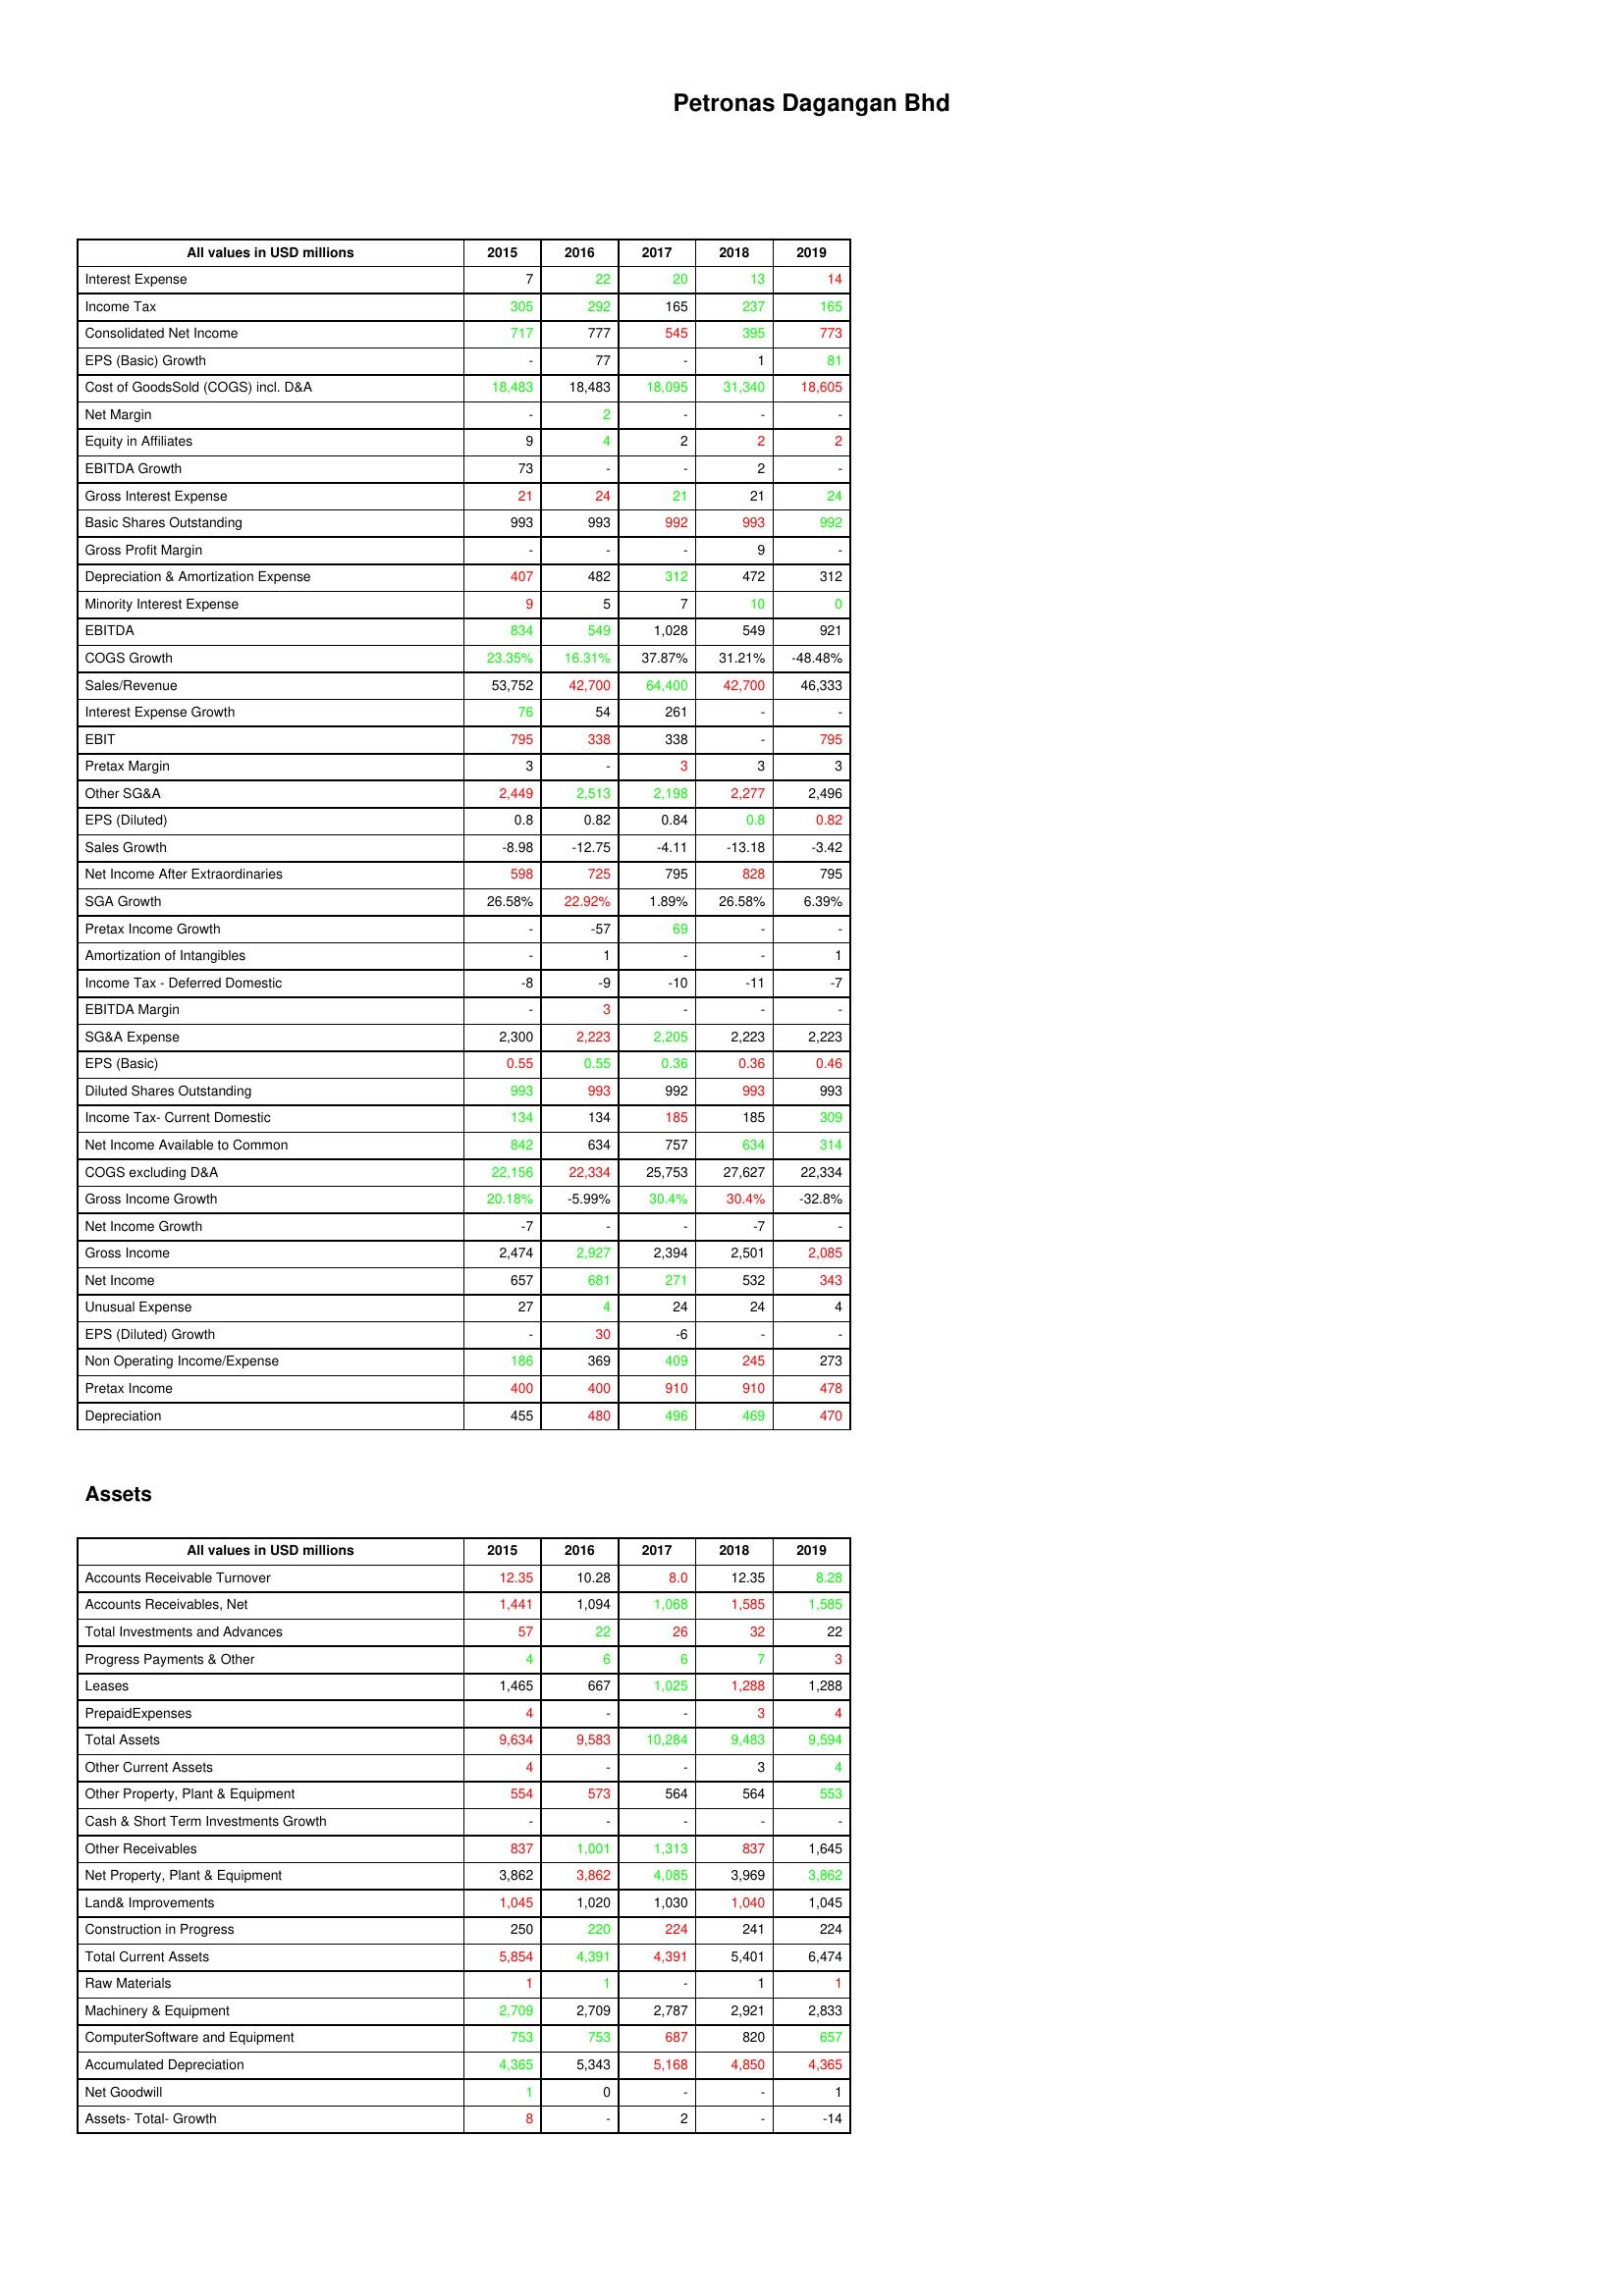
gt_parse: 2015: : Interest Expense: 7
Income Tax: 305
Consolidated Net Income: 717
EPS (Basic) Growth: -
Cost of GoodsSold (COGS) incl. D&A: 18,483
Net Margin: -
Equity in Affiliates: 9
EBITDA Growth: 73
Gross Interest Expense: 21
Basic Shares Outstanding: 993
Gross Profit Margin: -
Depreciation & Amortization Expense: 407
Minority Interest Expense: 9
EBITDA: 834
COGS Growth: 23.35%
Sales/Revenue: 53,752
Interest Expense Growth: 76
EBIT: 795
Pretax Margin: 3
Other SG&A: 2,449
EPS (Diluted): 0.8
Sales Growth: -8.98
Net Income After Extraordinaries: 598
SGA Growth: 26.58%
Pretax Income Growth: -
Amortization of Intangibles: -
Income Tax - Deferred Domestic: -8
EBITDA Margin: -
SG&A Expense: 2,300
EPS (Basic): 0.55
Diluted Shares Outstanding: 993
Income Tax- Current Domestic: 134
Net Income Available to Common: 842
COGS excluding D&A: 22,156
Gross Income Growth: 20.18%
Net Income Growth: -7
Gross Income: 2,474
Net Income: 657
Unusual Expense: 27
EPS (Diluted) Growth: -
Non Operating Income/Expense: 186
Pretax Income: 400
Depreciation: 455
Assets: Accounts Receivable Turnover: 12.35
Accounts Receivables, Net: 1,441
Total Investments and Advances: 57
Progress Payments & Other: 4
Leases: 1,465
PrepaidExpenses: 4
Total Assets: 9,634
Other Current Assets: 4
Other Property, Plant & Equipment: 554
Cash & Short Term Investments Growth: -
Other Receivables: 837
Net Property, Plant & Equipment: 3,862
Land& Improvements: 1,045
Construction in Progress: 250
Total Current Assets: 5,854
Raw Materials: 1
Machinery & Equipment: 2,709
ComputerSoftware and Equipment: 753
Accumulated Depreciation: 4,365
Net Goodwill: 1
Assets- Total- Growth: 8
2016: : Interest Expense: 22
Income Tax: 292
Consolidated Net Income: 777
EPS (Basic) Growth: 77
Cost of GoodsSold (COGS) incl. D&A: 18,483
Net Margin: 2
Equity in Affiliates: 4
EBITDA Growth: -
Gross Interest Expense: 24
Basic Shares Outstanding: 993
Gross Profit Margin: -
Depreciation & Amortization Expense: 482
Minority Interest Expense: 5
EBITDA: 549
COGS Growth: 16.31%
Sales/Revenue: 42,700
Interest Expense Growth: 54
EBIT: 338
Pretax Margin: -
Other SG&A: 2,513
EPS (Diluted): 0.82
Sales Growth: -12.75
Net Income After Extraordinaries: 725
SGA Growth: 22.92%
Pretax Income Growth: -57
Amortization of Intangibles: 1
Income Tax - Deferred Domestic: -9
EBITDA Margin: 3
SG&A Expense: 2,223
EPS (Basic): 0.55
Diluted Shares Outstanding: 993
Income Tax- Current Domestic: 134
Net Income Available to Common: 634
COGS excluding D&A: 22,334
Gross Income Growth: -5.99%
Net Income Growth: -
Gross Income: 2,927
Net Income: 681
Unusual Expense: 4
EPS (Diluted) Growth: 30
Non Operating Income/Expense: 369
Pretax Income: 400
Depreciation: 480
Assets: Accounts Receivable Turnover: 10.28
Accounts Receivables, Net: 1,094
Total Investments and Advances: 22
Progress Payments & Other: 6
Leases: 667
PrepaidExpenses: -
Total Assets: 9,583
Other Current Assets: -
Other Property, Plant & Equipment: 573
Cash & Short Term Investments Growth: -
Other Receivables: 1,001
Net Property, Plant & Equipment: 3,862
Land& Improvements: 1,020
Construction in Progress: 220
Total Current Assets: 4,391
Raw Materials: 1
Machinery & Equipment: 2,709
ComputerSoftware and Equipment: 753
Accumulated Depreciation: 5,343
Net Goodwill: 0
Assets- Total- Growth: -
2017: : Interest Expense: 20
Income Tax: 165
Consolidated Net Income: 545
EPS (Basic) Growth: -
Cost of GoodsSold (COGS) incl. D&A: 18,095
Net Margin: -
Equity in Affiliates: 2
EBITDA Growth: -
Gross Interest Expense: 21
Basic Shares Outstanding: 992
Gross Profit Margin: -
Depreciation & Amortization Expense: 312
Minority Interest Expense: 7
EBITDA: 1,028
COGS Growth: 37.87%
Sales/Revenue: 64,400
Interest Expense Growth: 261
EBIT: 338
Pretax Margin: 3
Other SG&A: 2,198
EPS (Diluted): 0.84
Sales Growth: -4.11
Net Income After Extraordinaries: 795
SGA Growth: 1.89%
Pretax Income Growth: 69
Amortization of Intangibles: -
Income Tax - Deferred Domestic: -10
EBITDA Margin: -
SG&A Expense: 2,205
EPS (Basic): 0.36
Diluted Shares Outstanding: 992
Income Tax- Current Domestic: 185
Net Income Available to Common: 757
COGS excluding D&A: 25,753
Gross Income Growth: 30.4%
Net Income Growth: -
Gross Income: 2,394
Net Income: 271
Unusual Expense: 24
EPS (Diluted) Growth: -6
Non Operating Income/Expense: 409
Pretax Income: 910
Depreciation: 496
Assets: Accounts Receivable Turnover: 8.0
Accounts Receivables, Net: 1,068
Total Investments and Advances: 26
Progress Payments & Other: 6
Leases: 1,025
PrepaidExpenses: -
Total Assets: 10,284
Other Current Assets: -
Other Property, Plant & Equipment: 564
Cash & Short Term Investments Growth: -
Other Receivables: 1,313
Net Property, Plant & Equipment: 4,085
Land& Improvements: 1,030
Construction in Progress: 224
Total Current Assets: 4,391
Raw Materials: -
Machinery & Equipment: 2,787
ComputerSoftware and Equipment: 687
Accumulated Depreciation: 5,168
Net Goodwill: -
Assets- Total- Growth: 2
2018: : Interest Expense: 13
Income Tax: 237
Consolidated Net Income: 395
EPS (Basic) Growth: 1
Cost of GoodsSold (COGS) incl. D&A: 31,340
Net Margin: -
Equity in Affiliates: 2
EBITDA Growth: 2
Gross Interest Expense: 21
Basic Shares Outstanding: 993
Gross Profit Margin: 9
Depreciation & Amortization Expense: 472
Minority Interest Expense: 10
EBITDA: 549
COGS Growth: 31.21%
Sales/Revenue: 42,700
Interest Expense Growth: -
EBIT: -
Pretax Margin: 3
Other SG&A: 2,277
EPS (Diluted): 0.8
Sales Growth: -13.18
Net Income After Extraordinaries: 828
SGA Growth: 26.58%
Pretax Income Growth: -
Amortization of Intangibles: -
Income Tax - Deferred Domestic: -11
EBITDA Margin: -
SG&A Expense: 2,223
EPS (Basic): 0.36
Diluted Shares Outstanding: 993
Income Tax- Current Domestic: 185
Net Income Available to Common: 634
COGS excluding D&A: 27,627
Gross Income Growth: 30.4%
Net Income Growth: -7
Gross Income: 2,501
Net Income: 532
Unusual Expense: 24
EPS (Diluted) Growth: -
Non Operating Income/Expense: 245
Pretax Income: 910
Depreciation: 469
Assets: Accounts Receivable Turnover: 12.35
Accounts Receivables, Net: 1,585
Total Investments and Advances: 32
Progress Payments & Other: 7
Leases: 1,288
PrepaidExpenses: 3
Total Assets: 9,483
Other Current Assets: 3
Other Property, Plant & Equipment: 564
Cash & Short Term Investments Growth: -
Other Receivables: 837
Net Property, Plant & Equipment: 3,969
Land& Improvements: 1,040
Construction in Progress: 241
Total Current Assets: 5,401
Raw Materials: 1
Machinery & Equipment: 2,921
ComputerSoftware and Equipment: 820
Accumulated Depreciation: 4,850
Net Goodwill: -
Assets- Total- Growth: -
2019: : Interest Expense: 14
Income Tax: 165
Consolidated Net Income: 773
EPS (Basic) Growth: 81
Cost of GoodsSold (COGS) incl. D&A: 18,605
Net Margin: -
Equity in Affiliates: 2
EBITDA Growth: -
Gross Interest Expense: 24
Basic Shares Outstanding: 992
Gross Profit Margin: -
Depreciation & Amortization Expense: 312
Minority Interest Expense: 0
EBITDA: 921
COGS Growth: -48.48%
Sales/Revenue: 46,333
Interest Expense Growth: -
EBIT: 795
Pretax Margin: 3
Other SG&A: 2,496
EPS (Diluted): 0.82
Sales Growth: -3.42
Net Income After Extraordinaries: 795
SGA Growth: 6.39%
Pretax Income Growth: -
Amortization of Intangibles: 1
Income Tax - Deferred Domestic: -7
EBITDA Margin: -
SG&A Expense: 2,223
EPS (Basic): 0.46
Diluted Shares Outstanding: 993
Income Tax- Current Domestic: 309
Net Income Available to Common: 314
COGS excluding D&A: 22,334
Gross Income Growth: -32.8%
Net Income Growth: -
Gross Income: 2,085
Net Income: 343
Unusual Expense: 4
EPS (Diluted) Growth: -
Non Operating Income/Expense: 273
Pretax Income: 478
Depreciation: 470
Assets: Accounts Receivable Turnover: 8.28
Accounts Receivables, Net: 1,585
Total Investments and Advances: 22
Progress Payments & Other: 3
Leases: 1,288
PrepaidExpenses: 4
Total Assets: 9,594
Other Current Assets: 4
Other Property, Plant & Equipment: 553
Cash & Short Term Investments Growth: -
Other Receivables: 1,645
Net Property, Plant & Equipment: 3,862
Land& Improvements: 1,045
Construction in Progress: 224
Total Current Assets: 6,474
Raw Materials: 1
Machinery & Equipment: 2,833
ComputerSoftware and Equipment: 657
Accumulated Depreciation: 4,365
Net Goodwill: 1
Assets- Total- Growth: -14